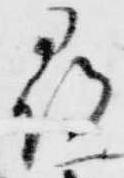
尋